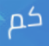
كم